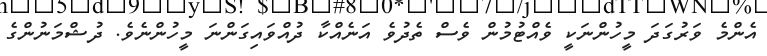
އެންމެ ވަރުގަދަ މީހުންނަކީ ވެއްޓުމުން ވެސް ތެދުވެ އަނެއްކާ ދުއްވައިގަންނަ މީހުންނެވެ. ދުޝްމަނުންގެ